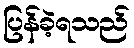
ပြန်ခဲ့ရသည်